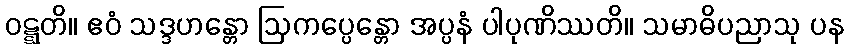
ဝဋ္ဋတိ။ ဧဝံ သဒ္ဒဟန္တော ဩကပ္ပေန္တော အပ္ပနံ ပါပုဏိဿတိ။ သမာဓိပညာသု ပန